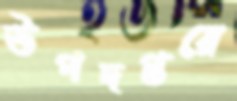
উপদপ্তরে